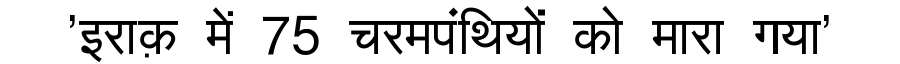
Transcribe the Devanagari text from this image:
'इराक़ में 75 चरमपंथियों को मारा गया'